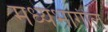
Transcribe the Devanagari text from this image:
मध्यभागील